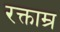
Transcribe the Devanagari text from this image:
रक्ताम्र